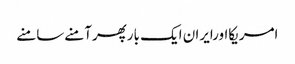
امریکااورایران ایک بارپھرآمنےسامنے